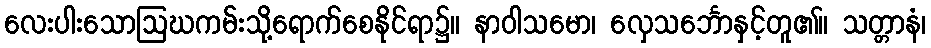
လေးပါးသောဩဃကမ်းသို့ရောက်စေနိုင်ရာ၌။ နာဝါသမော၊ လှေသင်္ဘောနှင့်တူ၏။ သတ္တာနံ၊